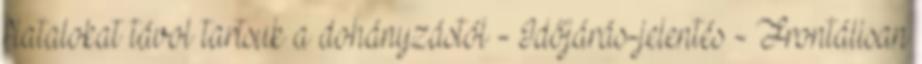
fiatalokat távol tartsuk a dohányzástól - Időjárás-jelentés - Frontálisan